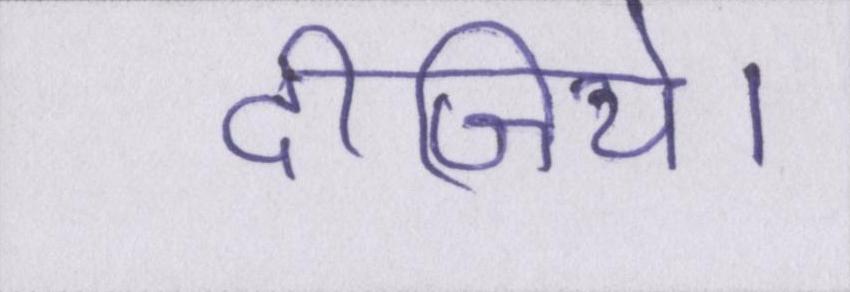
दीजिये।